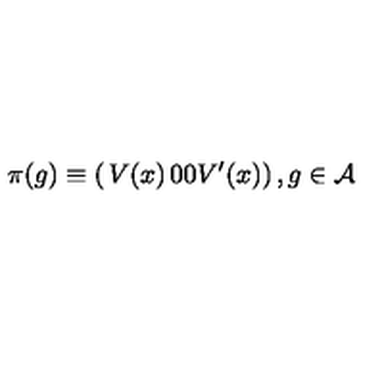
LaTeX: \pi ( g ) \equiv \left( \begin{matrix} { V ( x ) } & { 0 } \\ { 0 } & { V ^ { \prime } ( x ) } \\ \end{matrix} \right) , g \in { \cal A }